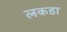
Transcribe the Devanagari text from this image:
लकडा